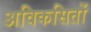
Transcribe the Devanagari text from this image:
अविकसितों